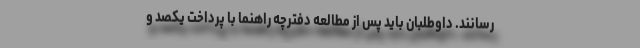
رسانند. داوطلبان باید پس از مطالعه دفترچه راهنما با پرداخت یکصد و